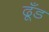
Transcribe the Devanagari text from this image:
ढूँड